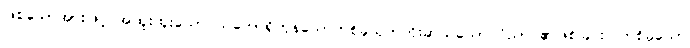
ဖြစ်သောအားဖြင့် အထူးထူးသော သဘောရှိကုန်သောတစ်ခုယုတ်ကိုးဆယ်သော ဝိညာဉ်၏ဖြစ်ခြင်း။ တစ်ခုသော